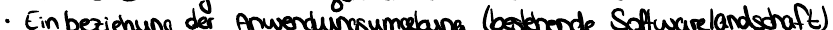
Einbeziehung der Anwedungsumgebung (bestehende Softwarelandschaft)